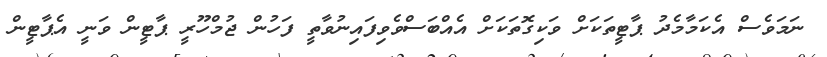
ނަމަވެސް އެކަމާމެދު ޕާޓީތަކަށް ވަކިގޮތަކަށް އެއްބަސްވެވިފައިނުވާތީ ފަހުން ޖުމްހޫރީ ޕާޓީން ވަނީ އެޕާޓީން